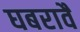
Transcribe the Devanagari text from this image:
घबरावै